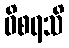
ဝိစရသိ